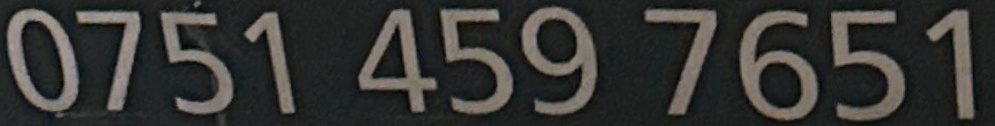
0751 459 7651